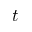
t